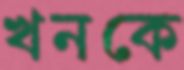
খনকে